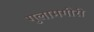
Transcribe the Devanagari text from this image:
गुलामगीरी